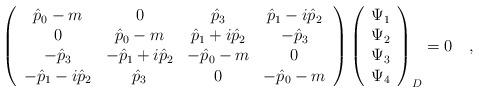
LaTeX: \begin{align*}\left( \begin{array}{cccc}\hat{p}_0-m & 0 & \hat{p}_3 & \hat{p}_1-i\hat{p}_2 \\0 & \hat{p}_0-m & \hat{p}_1+i \hat{p}_2 & -\hat{p}_3 \\-\hat{p}_3 & -\hat{p}_1+i \hat{p}_2 & -\hat{p}_0-m & 0 \\-\hat{p}_1-i \hat{p}_2 & \hat{p}_3 & 0 & -\hat{p}_0-m\end{array} \right) \left( \begin{array}{cccc} \Psi_1 \\ \Psi_2 \\ \Psi_3 \\ \Psi_4 \end{array} \right)_D=0 \quad ,\end{align*}